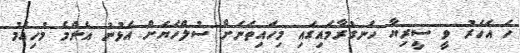
ހަ އަހަރު ވީ ސީރިޔާ ހަނގުރާމައިގައި މިހައިތަނަށް ސުލްހަޔަށް އެޅުނު އެންމެ މުހިއްމު